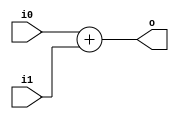
module hardcaml_lib_add #(parameter b=1) 
(
    input [b-1:0] i0,
    input [b-1:0] i1,
    output [b-1:0] o
);
    assign o = i0 + i1;
endmodule

module hardcaml_lib_sub #(parameter b=1) 
(
    input [b-1:0] i0,
    input [b-1:0] i1,
    output [b-1:0] o
);
    assign o = i0 - i1;
endmodule

module hardcaml_lib_mulu
#(
    parameter w0=1, 
    parameter w1=1
) 
(
    input [w0-1:0] i0,
    input [w1-1:0] i1,
    output [w0+w1-1:0] o
);
    assign o = i0 * i1;
endmodule

module hardcaml_lib_muls
#(
    parameter w0=1, 
    parameter w1=1
) 
(
    input [w0-1:0] i0,
    input [w1-1:0] i1,
    output [w0+w1-1:0] o
);
    assign o = $signed(i0) * $signed(i1);
endmodule

module hardcaml_lib_and #(parameter b=1) 
(
    input [b-1:0] i0,
    input [b-1:0] i1,
    output [b-1:0] o
);
    assign o = i0 & i1;
endmodule

module hardcaml_lib_or #(parameter b=1) 
(
    input [b-1:0] i0,
    input [b-1:0] i1,
    output [b-1:0] o
);
    assign o = i0 | i1;
endmodule

module hardcaml_lib_xor #(parameter b=1) 
(
    input [b-1:0] i0,
    input [b-1:0] i1,
    output [b-1:0] o
);
    assign o = i0 ^ i1;
endmodule

module hardcaml_lib_not #(parameter b=1) 
(
    input [b-1:0] i,
    output [b-1:0] o
);
    assign o = ~ i;
endmodule

module hardcaml_lib_eq #(parameter b=1) 
(
    input [b-1:0] i0,
    input [b-1:0] i1,
    output o
);
    assign o = i0 == i1;
endmodule

module hardcaml_lib_lt #(parameter b=1) 
(
    input [b-1:0] i0,
    input [b-1:0] i1,
    output o
);
    assign o = i0 < i1;
endmodule

module hardcaml_lib_gnd
(
    output o
);
    assign o = 1'b0;
endmodule

module hardcaml_lib_vdd
(
    output o
);
    assign o = 1'b1;
endmodule

module hardcaml_lib_z
(
    output o
);
    assign o = 1'bz;
endmodule

module hardcaml_lib_concat2 
#(
    parameter w0=1, 
    parameter w1=1
) 
(
    input [w0-1:0] i0,
    input [w1-1:0] i1,
    output [w0+w1-1:0] o
);
    assign o = {i0,i1};
endmodule

module hardcaml_lib_mux2 #(parameter b=1) 
(
    input sel,
    input [b-1:0] d0,
    input [b-1:0] d1,
    output [b-1:0] o
);
    assign o = sel ? d1 : d0;
endmodule

module hardcaml_lib_select 
#(
    parameter b=1,
    parameter h=0,
    parameter l=0
) 
(
    input [b-1:0] i,
    output [h-l:0] o
);
    assign o=i[h:l];
endmodule

module hardcaml_tristate_buffer
#(
    parameter b=1
) 
(
    input en,
    input [b-1:0] i,
    output [b-1:0] o,
    inout [b-1:0] io
);
    assign io = en ? i : {b{1'bz}};
    assign o = io;
endmodule